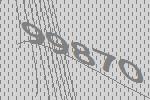
99870